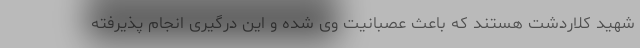
شهید کلاردشت هستند که باعث عصبانیت وی شده و این درگیری انجام پذیرفته